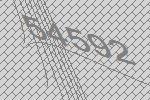
54592